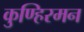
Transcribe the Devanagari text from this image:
कुण्हिरमन